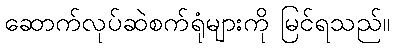
ဆောက်လုပ်ဆဲစက်ရုံများကို မြင်ရသည်။